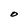
Character: O